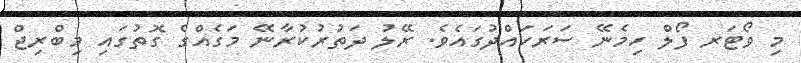
މި ވޯޓަރ ފޯލް ހިމެނޭ ސަރަހައްދުގައެވެ. ރޭލު ދަތުރުކުރާނޭ މަގެއްގެ ގޮތުގައި މިބްރިޖް